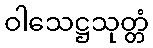
ဝါသေဋ္ဌသုတ္တံ